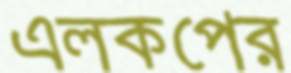
এলকপের